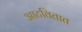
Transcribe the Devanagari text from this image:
आटवितात